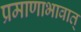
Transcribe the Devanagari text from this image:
प्रमाणाभावात्